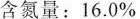
含氮量：16.0%